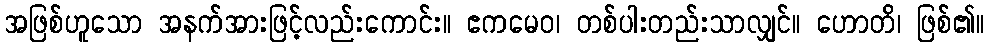
အဖြစ်ဟူသော အနက်အားဖြင့်လည်းကောင်း။ ဧကမေဝ၊ တစ်ပါးတည်းသာလျှင်။ ဟောတိ၊ ဖြစ်၏။